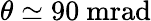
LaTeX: \theta\simeq 90~\mathrm{mrad}